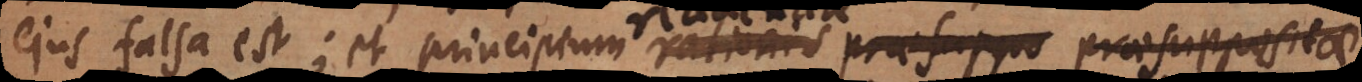
ejus falsa est; et principium rationis praesuppo praesuppositae